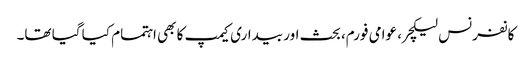
کانفرنس لیکچر، عوامی فورم، بحث اور بیداری کیمپ کا بھی اہتمام کیا گیا تھا۔